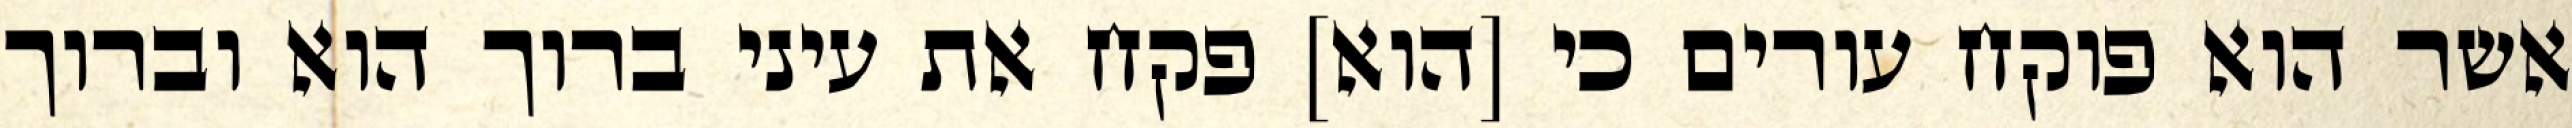
אשר הוא פוקח עורים כי [הוא] פקח את עיני ברוך הוא וברוך